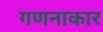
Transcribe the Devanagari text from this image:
गणनाकार